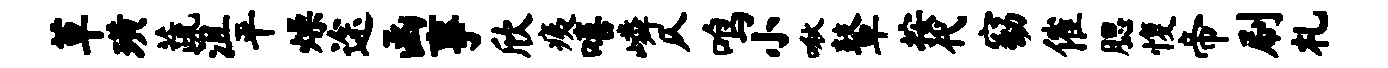
草璜蔬沮平燥途函事欣痍嘻嶙仄鸣小啾鼙按代窈催腮愎帝刷札